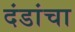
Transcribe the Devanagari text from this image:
दंडांचा